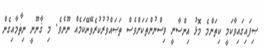
ޞިފައިގައިވާކަމީ ކިތަންމެ މޮޅު އިންސާނީ ވިސްނުންތަކަށްވެސް ތަޞައްވުރުކުރެވޭނޭކަމެއް ނޫނެވެ. މި ޤާނޫނީ ނިޡާމާއިގެން